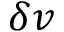
\delta v